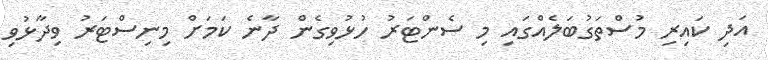
އަދި ކައިރި މުސްތަގުބަލެއްގައި މި ސެންޓަރު ހުޅުވިގެން ދާނެ ކަމަށް މިނިސްޓަރު ވިދާޅުވި